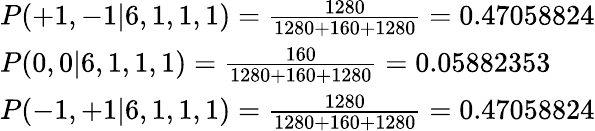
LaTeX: \begin{array}{ll}{P(+1,-1|6,1,1,1)=\frac{1280}{1280+160+1280}=0.47058824}\\ {P(0,0|6,1,1,1)=\frac{160}{1280+160+1280}=0.05882353}\\ {P(-1,+1|6,1,1,1)=\frac{1280}{1280+160+1280}=0.47058824}\end{array}